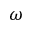
\omega